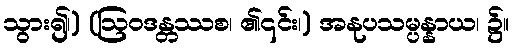
သွား၍၊) (ဩဝဒန္တဿစ၊ ၏၎င်း၊) အနုပသမ္ပန္နာယ၊ ၌။